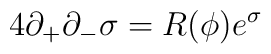
4\partial_{+} \partial_{-} \sigma =R(\phi) e^{\sigma}